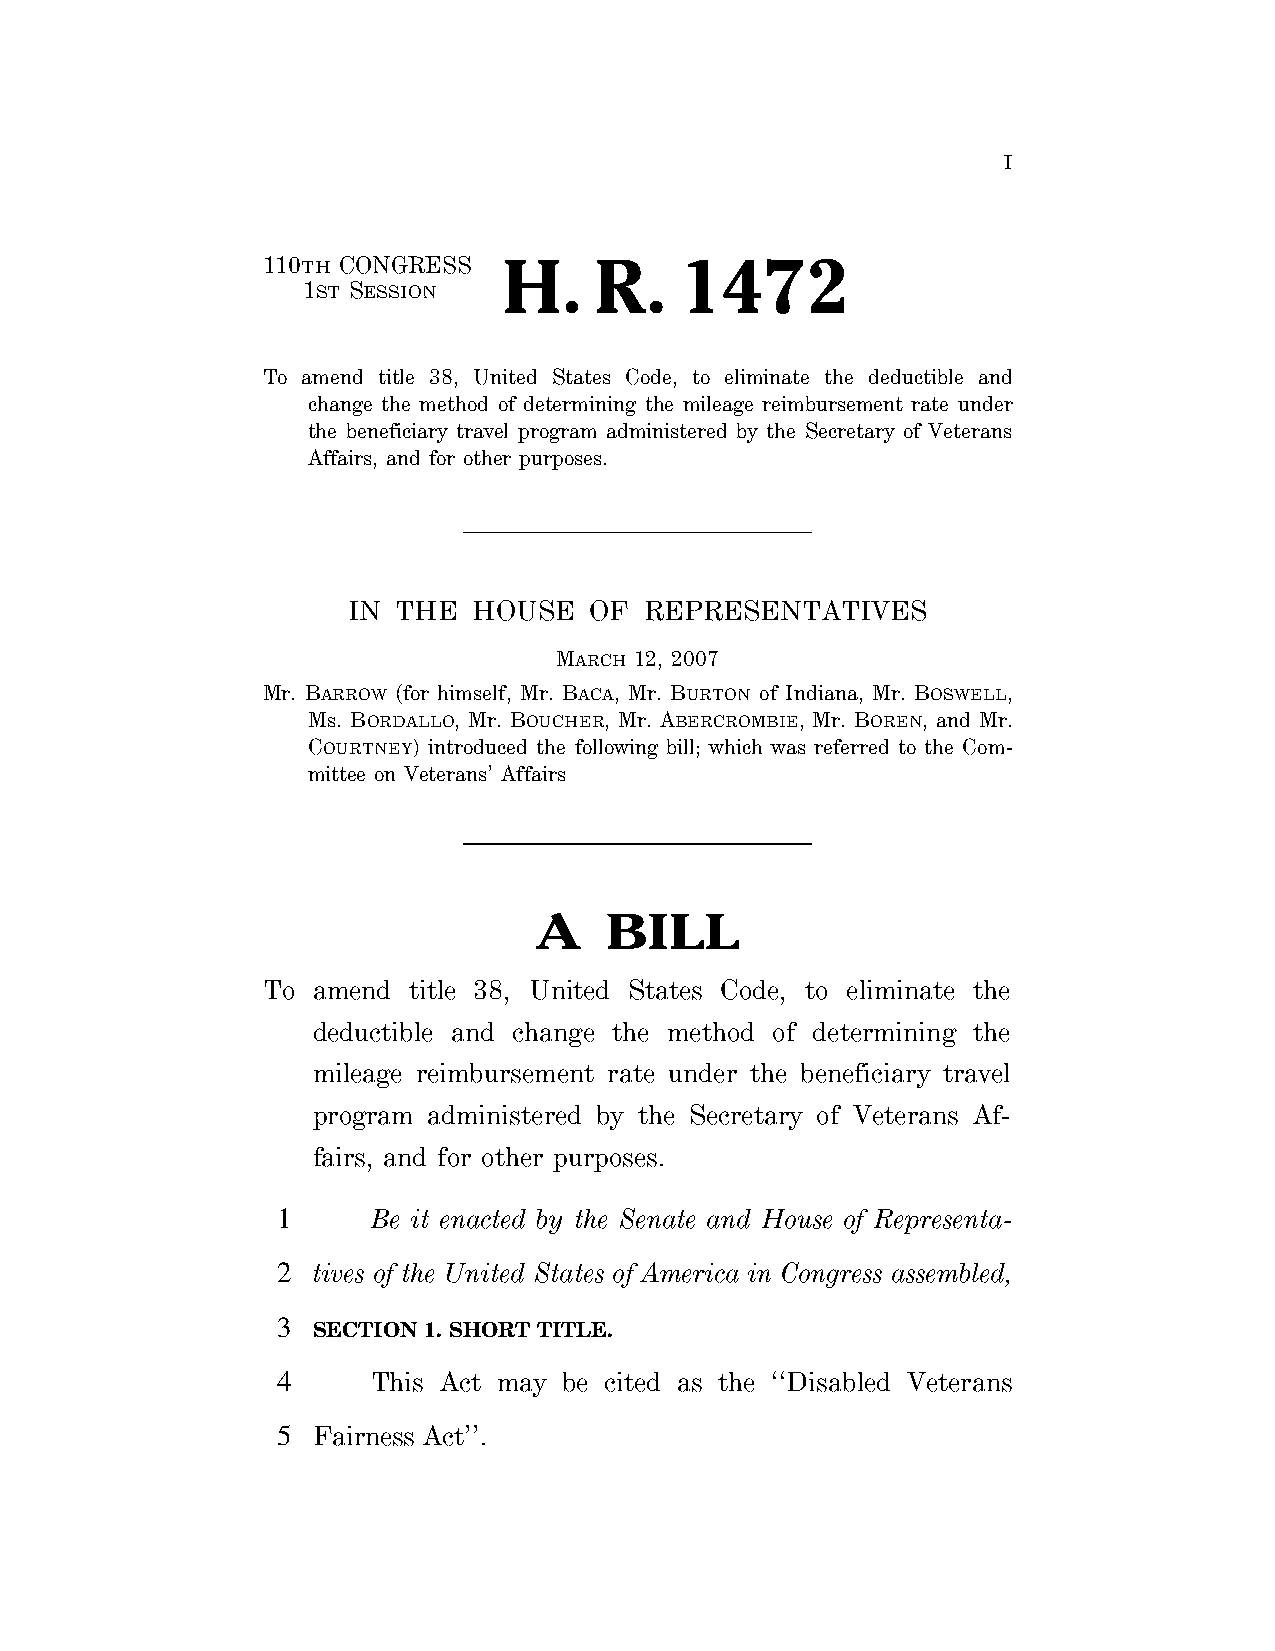
I
 110TH CONGRESS  H.    R.    1472
 1ST SESSION
 To amend title 38, United States Code, to eliminate the deductible and
 change the method of determining the mileage reimbursement rate under
 the beneficiary travel program administered by the Secretary of Veterans
 Affairs, and for other purposes.
 IN THE  HOUSE   OF  REPRESENTATIVES
 MARCH 12, 2007
 Mr. BARROW (for himself, Mr. BACA, Mr. BURTON of Indiana, Mr. BOSWELL,
 Ms. BORDALLO, Mr. BOUCHER, Mr. ABERCROMBIE, Mr. BOREN, and Mr.
 COURTNEY) introduced the following bill; which was referred to the Com-
 mittee on Veterans’ Affairs
 A    BILL
 To  amend title 38, United States Code, to eliminate the
 deductible and change the method of determining the
 mileage reimbursement rate under the beneficiary travel
 program administered by the Secretary of Veterans Af-
 fairs, and for other purposes.
 1      Be it enacted by the Senate and House of Representa-
 2  tives of the United States of America in Congress assembled,
 3
 SECTION 1. SHORT TITLE.
 4      This Act may be cited as the ‘‘Disabled Veterans
 5  Fairness Act’’.
 VerDate Aug 31 2005 23:42 Mar 13, 2007 Jkt 059200 PO 00000 Frm 00001 Fmt 6652 Sfmt 6201 E:\BILLS\H1472.IH H1472
 SLLIB
 htiw
 06CP1DORP
 no
 nosnhojab